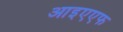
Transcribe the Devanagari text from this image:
आइएएफ